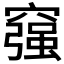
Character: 𥨀